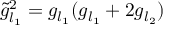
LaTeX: \tilde { g } _ { l _ { 1 } } ^ { 2 } = g _ { l _ { 1 } } ( g _ { l _ { 1 } } + 2 g _ { l _ { 2 } } )